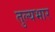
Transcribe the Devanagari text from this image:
तुल्‍यभार